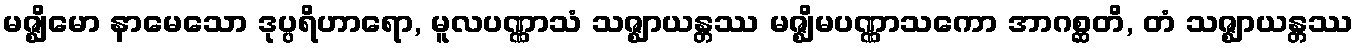
မဇ္ဈိမော နာမေသော ဒုပ္ပရိဟာရော, မူလပဏ္ဏာသံ သဇ္ဈာယန္တဿ မဇ္ဈိမပဏ္ဏာသကော အာဂစ္ဆတိ, တံ သဇ္ဈာယန္တဿ